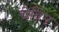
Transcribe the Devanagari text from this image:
चेविन